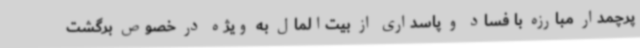
پرچمدار مبارزه با فساد و پاسداری از بیت‌المال به ویژه در خصوص برگشت